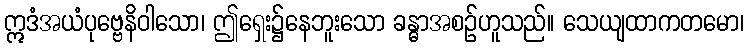
ဣဒံအယံပုဗ္ဗေနိဝါသော၊ ဤရှေး၌နေဘူးသော ခန္ဓာအစဉ်ဟူသည်။ သေယျထာကတမော၊